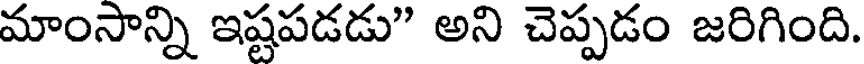
మాంసాన్ని ఇష్టపడడు" అని చెప్పడం జరిగింది.